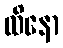
ထိနော